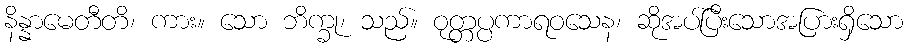
နိန္နာမေတီတိ၊ ကား။ သော ဘိက္ခု၊ သည်။ ဝုတ္တပ္ပကာရဝသေန၊ ဆိုအပ်ပြီးသောအပြားရှိသော